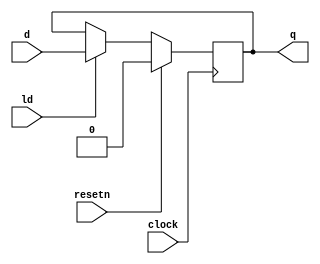
module vpl_dff_v(d,ld,clock,resetn,q);
	input d,ld,clock,resetn;
	output reg q;
	
	always@(posedge clock)
		if(resetn)
			q = 0;
		else if(ld)
			q = d;
		else
			q = q;
endmodule